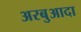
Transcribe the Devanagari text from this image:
अरबुआदा